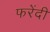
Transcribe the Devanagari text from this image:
फरेंदी